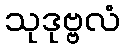
သုဒုဗ္ဗလံ